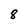
Character: 8